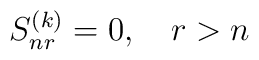
S^{(k)}_{nr} = 0,  \quad r > n